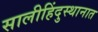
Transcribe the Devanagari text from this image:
सालीहिंदुस्थानात